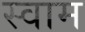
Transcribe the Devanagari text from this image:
स्वाम